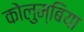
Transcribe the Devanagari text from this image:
कोलुम्बिया